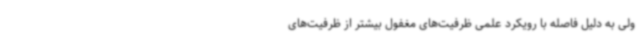
ولی به دلیل فاصله با رویکرد علمی ظرفیت‌های مغفول بیشتر از ظرفیت‌های